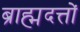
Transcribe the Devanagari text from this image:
ब्राह्मदत्तों